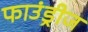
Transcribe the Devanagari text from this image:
फाउंड्रीज